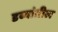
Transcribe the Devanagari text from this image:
डब्यांतील